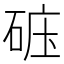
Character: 𥒹